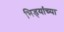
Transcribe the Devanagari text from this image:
भिड्यांच्या